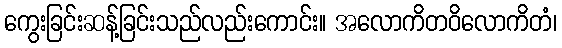
ကွေးခြင်းဆန့်ခြင်းသည်လည်းကောင်း။ အလောကိတဝိလောကိတံ၊